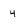
Character: 4